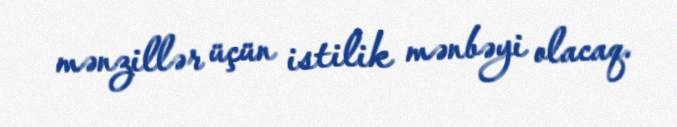
mənzillər üçün istilik mənbəyi olacaq.